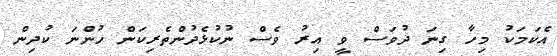
އެކަމަކު މިހާ ގިނަ ދުވަސް ވީ އިރު ވެސް ނުކުޅެދުންތެރިކަން ހުންނަ ކުދިން